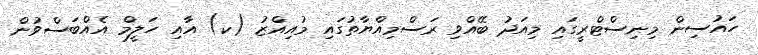
ހައުސިން މިނިސްޓްރީގައި މިއަދު ބޭއްވި ރަސްމިއްޔާތުގައި މުއިއްޒު (ކ) އާއި ހަލީމް އެއްބަސްވުން